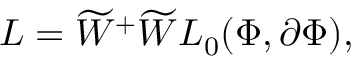
L = { \widetilde { W } } ^ { + } \widetilde { W } L _ { 0 } ( \Phi , \partial \Phi ) ,